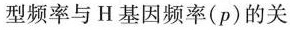
型频率与H基因频率(p)的关